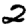
Digit: 2